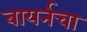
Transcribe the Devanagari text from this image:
बायर्नचा